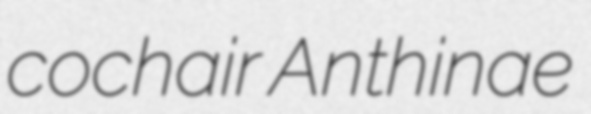
cochair Anthinae